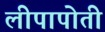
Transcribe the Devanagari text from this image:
लीपापोती